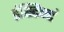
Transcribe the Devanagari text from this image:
इंस्टिक्टं